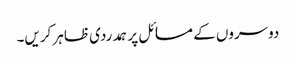
دوسروں کے مسائل پر ہمدردی ظاہر کریں۔